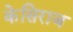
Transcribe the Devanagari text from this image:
केसिराज